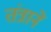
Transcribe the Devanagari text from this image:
तंत्रानें